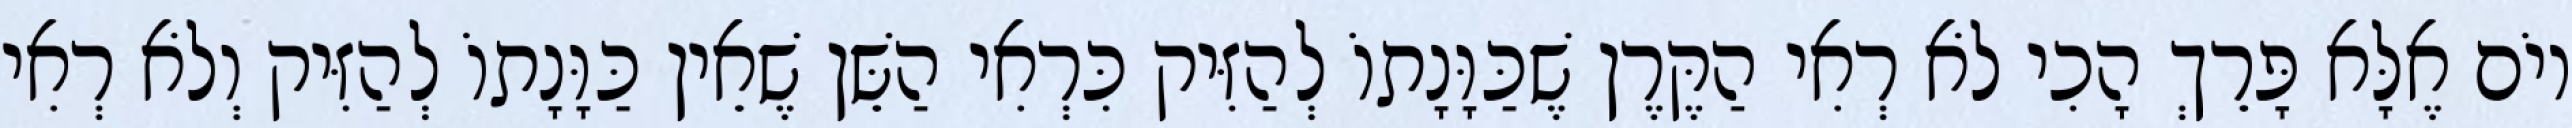
יוֹם אֶלָּא פָּרֵךְ הָכִי לֹא רְאִי הַקֶּרֶן שֶׁכַּוָּנָתוֹ לְהַזִּיק כִּרְאִי הַשֵּׁן שֶׁאֵין כַּוָּנָתוֹ לְהַזִּיק וְלֹא רְאִי